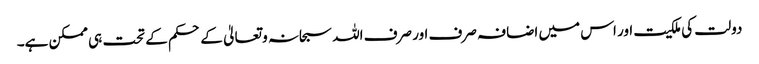
دولت کی ملکیت اور اس میں اضافہ صرف اور صرف اللہ سبحانہ و تعالیٰ کے حکم کے تحت ہی ممکن ہے۔